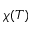
\chi ( T )